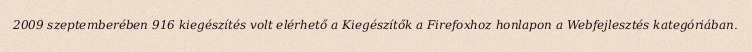
2009 szeptemberében 916 kiegészítés volt elérhető a Kiegészítők a Firefoxhoz honlapon a Webfejlesztés kategóriában.